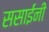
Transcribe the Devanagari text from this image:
ससाईंनी